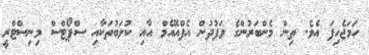
ހަމަޖެހިފަ އެވެ. ތިން މެންބަރުންގެ ވަފުދުން އެފްއޭއެމް އާއި ކުލަބުތަކާއި ސްޕޯޓްސް މިނިސްޓްރީ